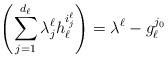
LaTeX: \begin{align*}\left(\sum_{j=1}^{d_{\ell}}\lambda_{j}^{\ell}h_{\ell}^{i_{j}^{\ell}}\right)=\lambda^{\ell}-g_{\ell}^{j_{0}}\end{align*}